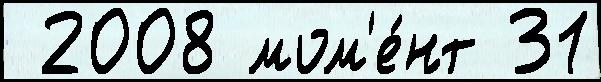
 2008 мом'е́нт 31